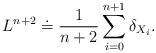
LaTeX: \begin{align*}L^{n+2} \doteq \frac{1}{n+2} \sum\limits_{i=0}^{n+1} \delta_{X_i}.\end{align*}